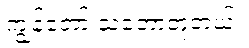
ကျွန်တော် သဘောတူတယ်။